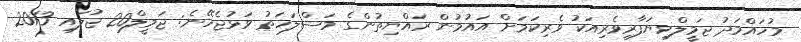
މުހައްމަދު ޖަމީލްވިޔަފާރިވެރިއަކު ވެރިކަމަށް އައުމުން ރައްޔިތުންގެ މަސްލަހަތު ވަޅުޖެހޭނެ: ޖަމީލް20 ޖުލައި 2013